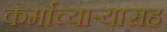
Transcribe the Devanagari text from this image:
कर्माच्यार्‍यासह